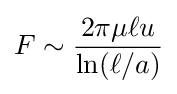
F\sim {\frac {2\pi \mu \ell u}{\ln(\ell /a)}}